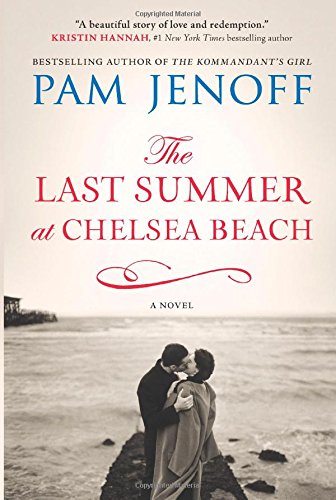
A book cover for The Last Summer at Chelsea Beach; Pam Jenoff; Romance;